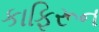
કાફિરૂન